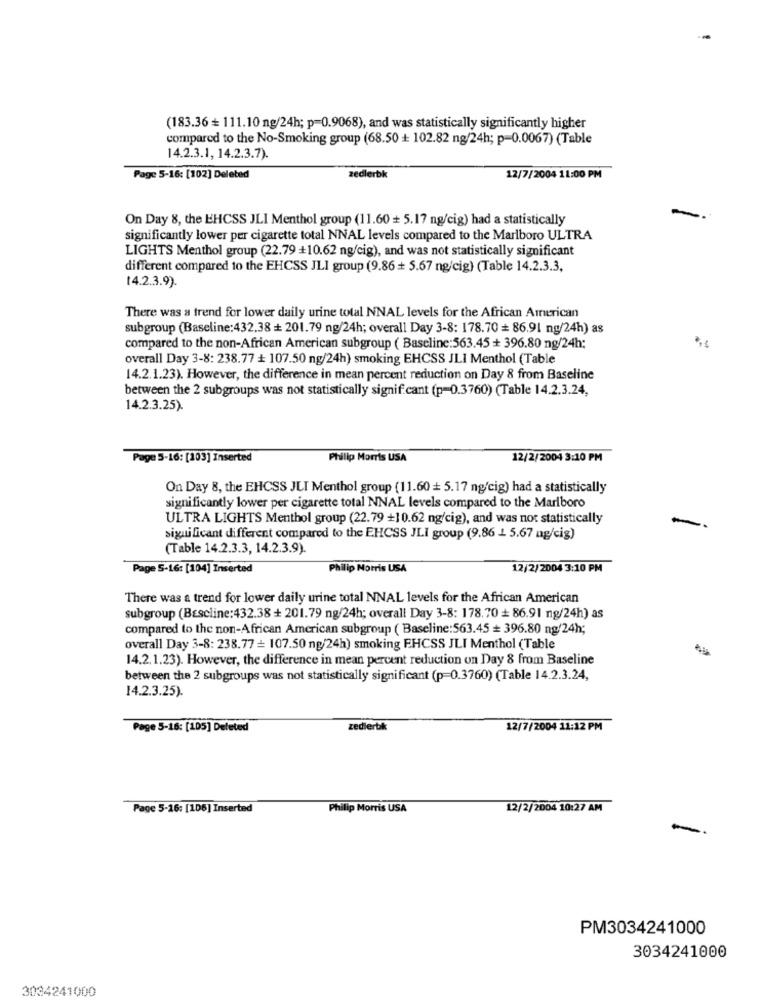
(183.36 + 111.10 ng/24h; p=0.9068), and was statistically significantly higher
compared to the No-Smoking group (68.50 + 102.82 ng/24h; p=0.0067) (Table
14.2.3.1, 14.2.3.7).
Page 5-16: [102] Deleted
zedlerbk
12/7/2004 11:00 PM
On Day 8, the EHCSS JLI Menthol group (11.60 + 5.17 ng/cig) had a statistically
significantly lower per cigarette total NNAL levels compared to the Marlboro ULTRA
LIGHTS Menthol group (22.79 +10.62 ng/cig), and was not statistically significant
different compared to the EHCSS JLI group (9.86 + 5.67 ng/cig) (Table 14.2.3.3,
[4.2.3.9).
There was a trend for lower daily urine total NNAL levels for the African American
subgroup (Baseline:432.38 + 201.79 ng/24h; overall Day 3-8: 178.70 = 86.91 ng/24h) as
compared to the non-African American subgroup ( Baseline:563.45 + 396.80 ng/24h;
overall Day 3-8: 238.77 + 107.50 ng/24h) smoking EHCSS JLI Menthol (Table
14.2.1.23). However, the difference in mean percent reduction on Day 8 from Baseline
between the 2 subgroups was not statistically significant (p=0.3760) (Table 14.2.3.24,
14.2.3.25).
Page 5-16: [103] Inserted
Philip Morris USA
12/2/2004 3:10 PM
On Day 8, the EHCSS JLI Menthol group (11.60 + 5.17 ng/cig) had a statistically
significantly lower per cigarette total NNAL levels compared to the Marlboro
ULTRA LIGHTS Menthol group (22.79 +10.62 ng/cig), and was not statistically
significant different compared to the EHCSS JLI group (9.86 1 5.67 ng/cig)
(Table 14.2.3.3, 14.2.3.9).
Page S-16: [104] Inserted
Philip Morris USA
12/2/2004 3:10 PM
There was a trend for lower daily urine total NNAL levels for the African American
subgroup (Baseline:432.38 + 201.79 ng/24h; overall Day 3-8: 178.70 + 86.91 ng/24h) as
compared to the non-African American subgroup ( Baseline:563.45 = 396.80 ng/24h;
overall Day 3-8: 238.77 = 107.50 ng/24h) smoking EHCSS JLI Menthol (Table
14.2.1.23). However, the difference in mean percent reduction on Day 8 from Baseline
between the 2 subgroups was not statistically significant (p=0.3760) (Table 14.2.3.24,
14.2.3.25).
Page 5-16: [105] Deleted
zedierbk
12/7/2004 11:12 PM
Page 5-16: [106] Inserted
Philip Morris USA
12/2/2004 10:27 AM
PM3034241000
3034241000
3034241000